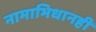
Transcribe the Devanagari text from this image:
नामाभिधानही